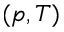
( p , T )